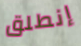
إنطلق